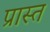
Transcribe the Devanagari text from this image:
प्रास्त